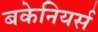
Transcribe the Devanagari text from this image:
बकेनियर्स